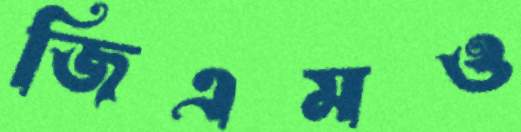
জিএমও